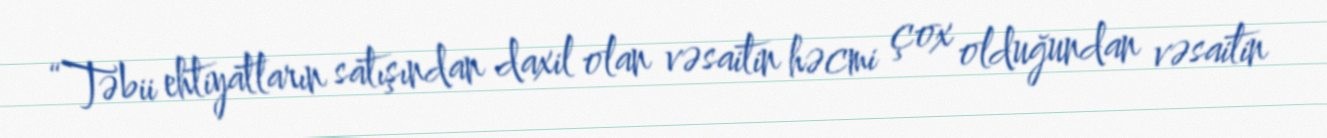
“Təbii ehtiyatların satışından daxil olan vəsaitin həcmi çox olduğundan vəsaitin